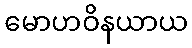
မောဟဝိနယာယ